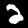
Digit: 2